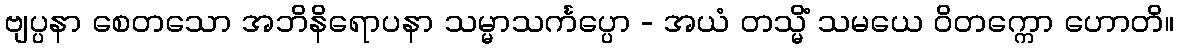
ဗျပ္ပနာ စေတသော အဘိနိရောပနာ သမ္မာသင်္ကပ္ပော - အယံ တသ္မိံ သမယေ ဝိတက္ကော ဟောတိ။